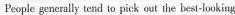
People geserally tend to pick out the best-looking